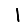
Digit: 1